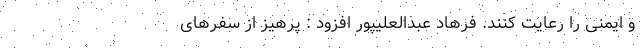
و ایمنی را رعایت کنند. فرهاد عبدالعلیپور افزود : پرهیز از سفرهای